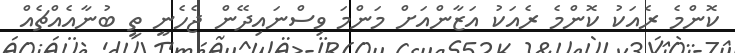
ކޮންމެ ރެއަކު ކޮންމެ ރެއަކު އަޒާންއަށް މަންމަ ވިސްނައިދޭން ޖެހެނީ ތީ ބުނާއެއްޗެއް